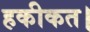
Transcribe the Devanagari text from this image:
हकीकत।